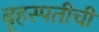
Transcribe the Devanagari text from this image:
बृहस्पतीची